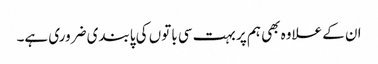
ان کے علاوہ بھی ہم پر بہت سی باتوں کی پابندی ضروری ہے۔